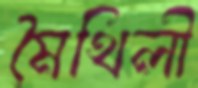
মৈথিলী